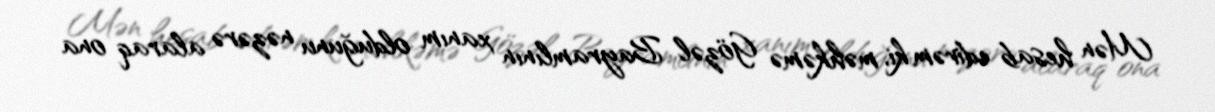
Mən hesab edirəm ki, məhkəmə Gözəl Bayramlının xanım olduğunu nəzərə alaraq ona